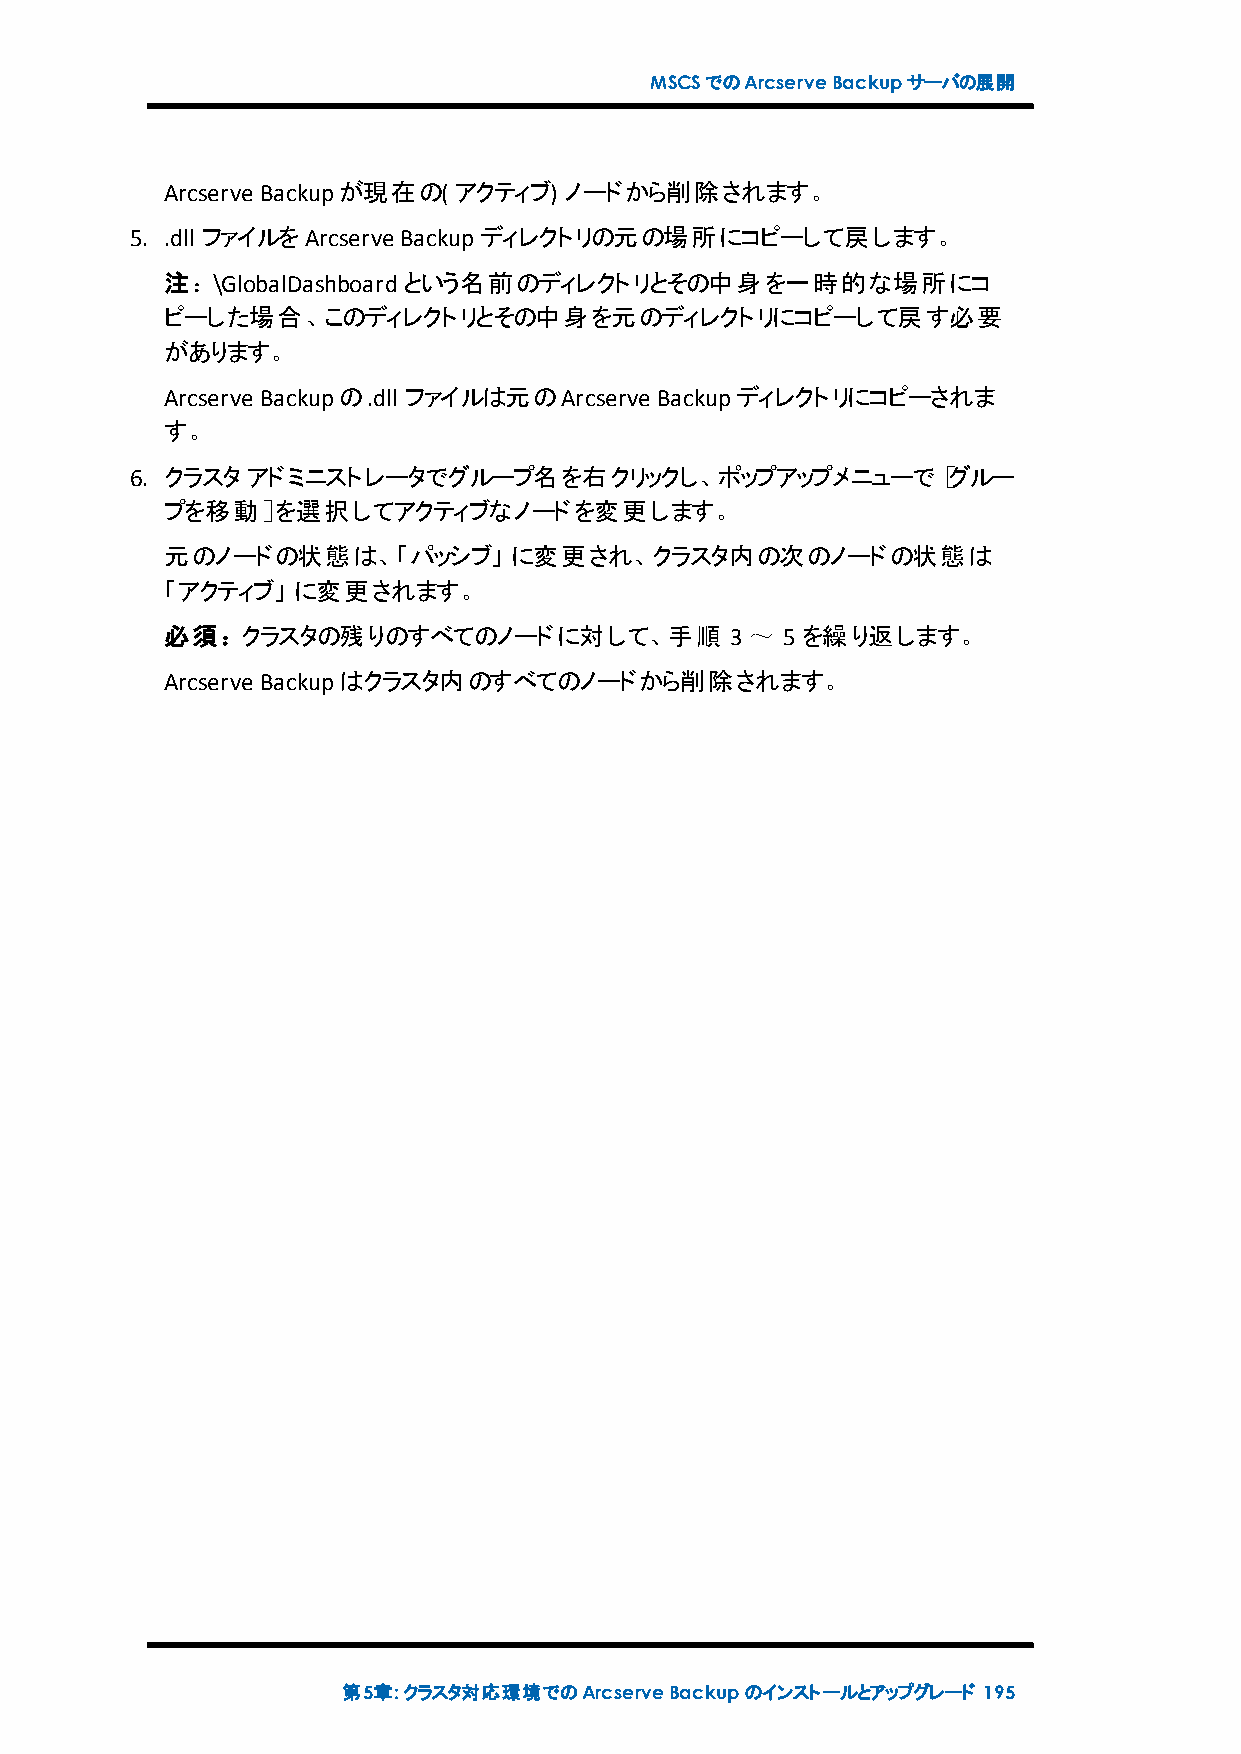
MSCSでのArcserveBackupサーバの展開
 Arcserve Backupが現在の( アクティブ) ノードから削除されます。
 5. .dll ファイルをArcserve Backupディレクトリの元の場所にコピーして戻します。
 注：\GlobalDashboardという名前のディレクトリとその中身を一時的な場所にコ
 ピーした場合、このディレクトリとその中身を元のディレクトリにコピーして戻す必要
 があります。
 Arcserve Backupの.dll ファイルは元のArcserve Backupディレクトリにコピーされま
 す。
 6. クラスタアドミニストレータでグループ名を右クリックし、ポップアップメニューで［グルー
 プを移動］を選択してアクティブなノードを変更します。
 元のノードの状態は、「パッシブ」       に変更され、クラスタ内の次のノードの状態は
 「アクティブ」 に変更されます。
 必須：クラスタの残りのすべてのノードに対して、手順            3～  5を繰り返します。
 Arcserve Backupはクラスタ内のすべてのノードから削除されます。
 第5章:クラスタ対応環境でのArcserveBackupのインストールとアップグレード 195